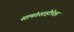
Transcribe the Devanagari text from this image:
सामंतशाहीपेक्षा